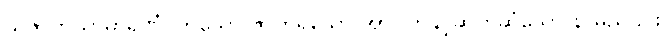
သဇာတိသာဓာရဏံ၊ တူသော ဇာတ်ရှိသော အာပတ်နှင့်ဆက်ဆံသော နာမည်၎င်း။